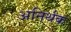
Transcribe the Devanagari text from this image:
अनिर्थक